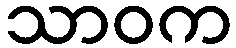
သာဝက